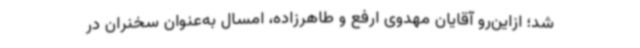
شد؛ ازاین‌رو آقایان مهدوی ارفع و طاهرزاده، امسال به‌عنوان سخنران در